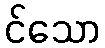
င်သော